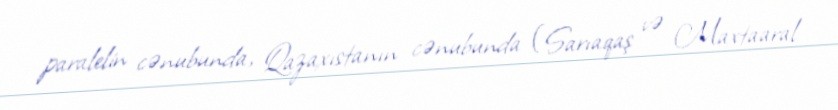
paralelin cənubunda, Qazaxıstanın cənubunda (Sarıaqaş və Maxtaaral